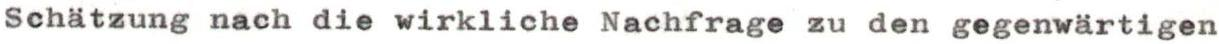
Schätzung nach die wirkliche Nachfrage zu den gegenwärtigen